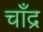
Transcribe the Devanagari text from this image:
चाँद्र